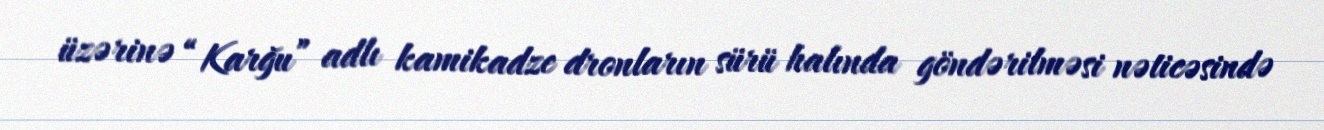
üzərinə “Karğu” adlı kamikadze dronların sürü halında göndərilməsi nəticəsində